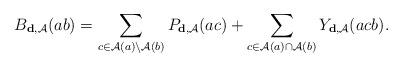
LaTeX: \begin{align*}B_{\mathbf{d}, \mathcal{A}} (ab) = \sum\limits_{c \in \mathcal{A}(a) \setminus \mathcal{A}(b)} P_{\mathbf{d}, \mathcal{A}} (ac) + \sum\limits_{c \in \mathcal{A}(a) \cap \mathcal{A}(b)} Y_{\mathbf{d}, \mathcal{A}} (acb) .\end{align*}